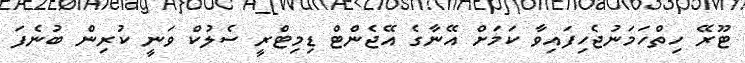
ޓޫރޭ ހިތްހަމަނުޖެހިފައިވާ ކަމަށް އޭނާގެ އޭޖެންޓް ޑިމިޓްރީ ސެލުކް ވަނީ ކުރިން ބުނެފަ